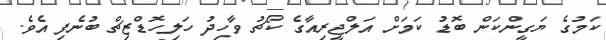
ކަމުގެ ޔަގީންކަން ބޮޑު ކަމަށް އަލްޖީރިއާގެ ކޯޗު ވާހިދު ހަލިހޮޑްޒިޗް ބުނެފި އެވެ.